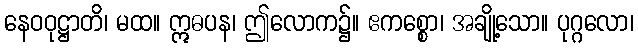
နေဝဝုဋ္ဌာတိ၊ မထ။ ဣဓပန၊ ဤလောက၌။ ဧကစ္စော၊ အချို့သော။ ပုဂ္ဂလော၊